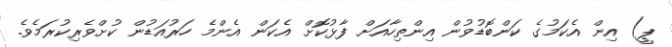
ޕީ) އިން އެކަމުގެ ކަންބޮޑުވުން އިންތިހާއަށް ފާޅުކޮށް އެކަން އެންމެ ހަރުއަޑުން ކުށްވެރިކުރަމެވެ.